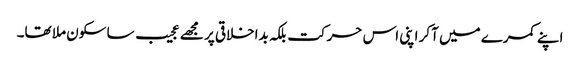
اپنے کمرے میں آکر اپنی اس حرکت بلکہ بداخلاقی پر مجھے عجیب سا سکون ملا تھا۔